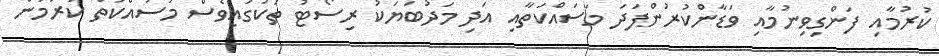
ކުރުމާއި ފަންގިވިނުމާއި ވަޑާންކުރުންފަދަ މަސައްކަތާއި އަދި މަދުބަޔަކު ރިސޯޓު ތަކުގައިވެސް މަސައްކަތް ކުރަމުން